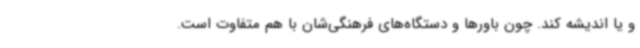
و یا اندیشه کند. چون باورها و دستگاه‌های فرهنگی‌شان با هم متفاوت است.